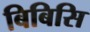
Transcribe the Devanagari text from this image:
बिबिसि